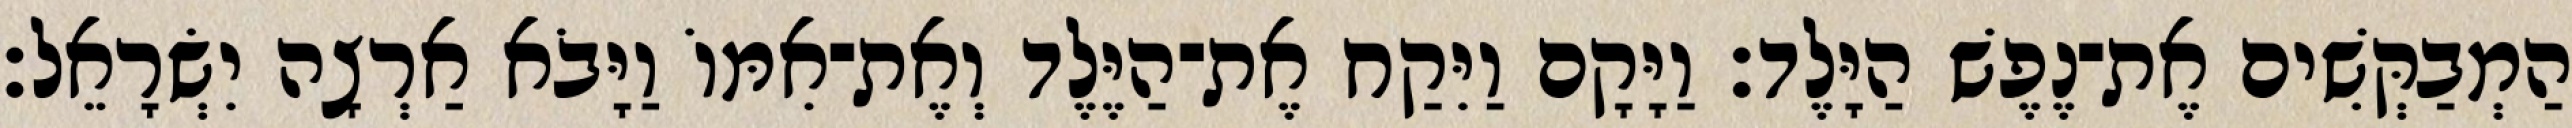
הַמְבַקְּשִׁים אֶת־נֶפֶשׁ הַיָּלֶד׃ וַיָּקָם וַיִּקַח אֶת־הַיֶּלֶד וְאֶת־אִמּוֹ וַיָּבֹא אַרְצָה יִשְׂרָאֵל׃